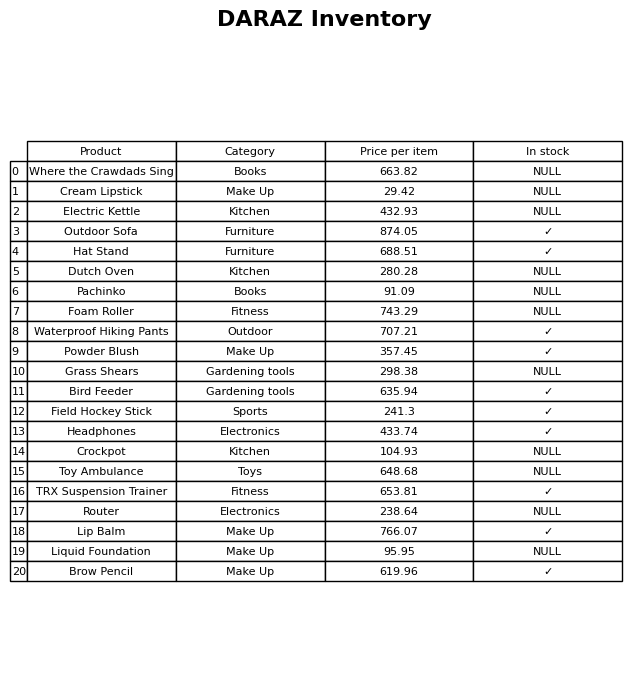
question: Which products are currently out of stock?
answer: Where the Crawdads Sing, Cream Lipstick, Electric Kettle, Dutch Oven, Pachinko, Foam Roller, Grass Shears, Crockpot, Toy Ambulance, Router, Liquid Foundation